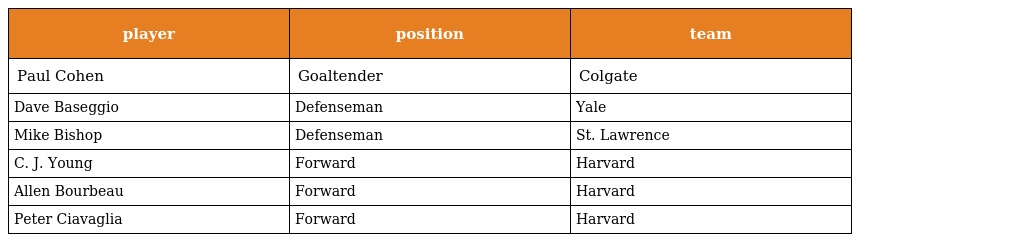
| player | position | team |
 | --- | --- | --- |
 | Paul Cohen | Goaltender | Colgate |
 | Dave Baseggio | Defenseman | Yale |
 | Mike Bishop | Defenseman | St. Lawrence |
 | C. J. Young | Forward | Harvard |
 | Allen Bourbeau | Forward | Harvard |
 | Peter Ciavaglia | Forward | Harvard |